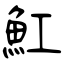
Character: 魟